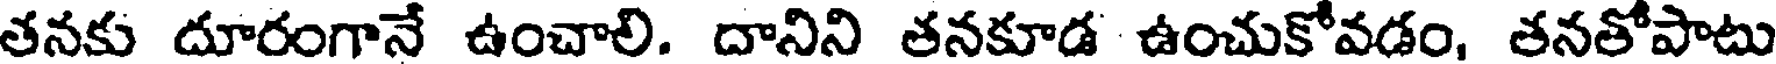
తనకు దూరంగానే ఉంచాలి. దానిని తనకూడ ఉంచుకోవడం, తనతోపాటు